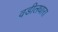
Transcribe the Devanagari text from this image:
वडीलधारा